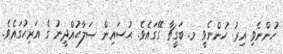
ހުންނެވި އިރު ހުންނެވީ މ. ބަގީޗާ ގޭގައެވެ. ޙުސައިން ޞަލާޙުއްދީނު ގެ އަރިހުގައެވެ.